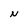
Character: N